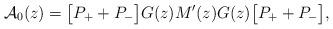
LaTeX: \begin{align*} \mathcal{A}_0 (z) = \bigl[P_+ + P_- \bigr] G (z)M' (z) G (z) \bigl[P_+ +P_- \bigr] , \end{align*}